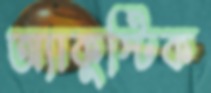
অ্যাকুস্টিক